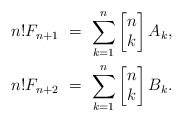
\begin{align*} n!F_{n+1} \ &= \ \sum_{k=1}^{n} \begin{bmatrix}n \\ k \end{bmatrix} A_k, \\ n!F_{n+2} \ &= \ \sum_{k=1}^{n} \begin{bmatrix}n \\ k \end{bmatrix} B_k. \\ \end{align*}